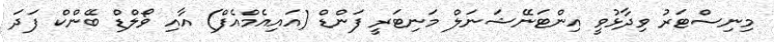
މިނިސްޓަރު ވިދާޅުވީ އިންޓަނޭޝަނަލް މަނިޓަރީ ފަންޑް (އައިއެމްއެފް) އާއި ވޯލްޑް ބޭންކް ފަދަ